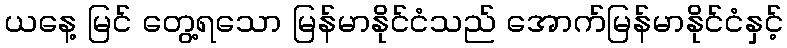
ယနေ့ မြင် တွေ့ရသော မြန်မာနိုင်ငံသည် အောက်မြန်မာနိုင်ငံနှင့်